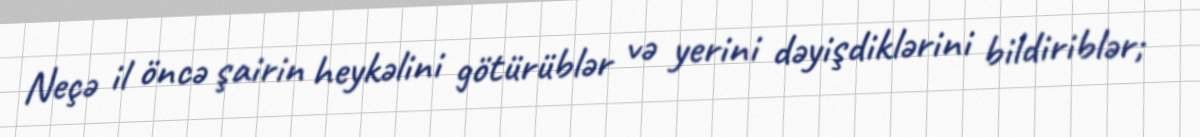
Neçə il öncə şairin heykəlini götürüblər və yerini dəyişdiklərini bildiriblər;